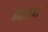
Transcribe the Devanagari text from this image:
नटराज।